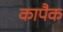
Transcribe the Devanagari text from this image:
कापैक